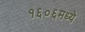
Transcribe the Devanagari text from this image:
१६०६मध्ये